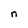
Character: n